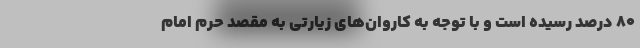
۸۰ درصد رسیده است و با توجه به کاروان‌های زیارتی به مقصد حرم امام